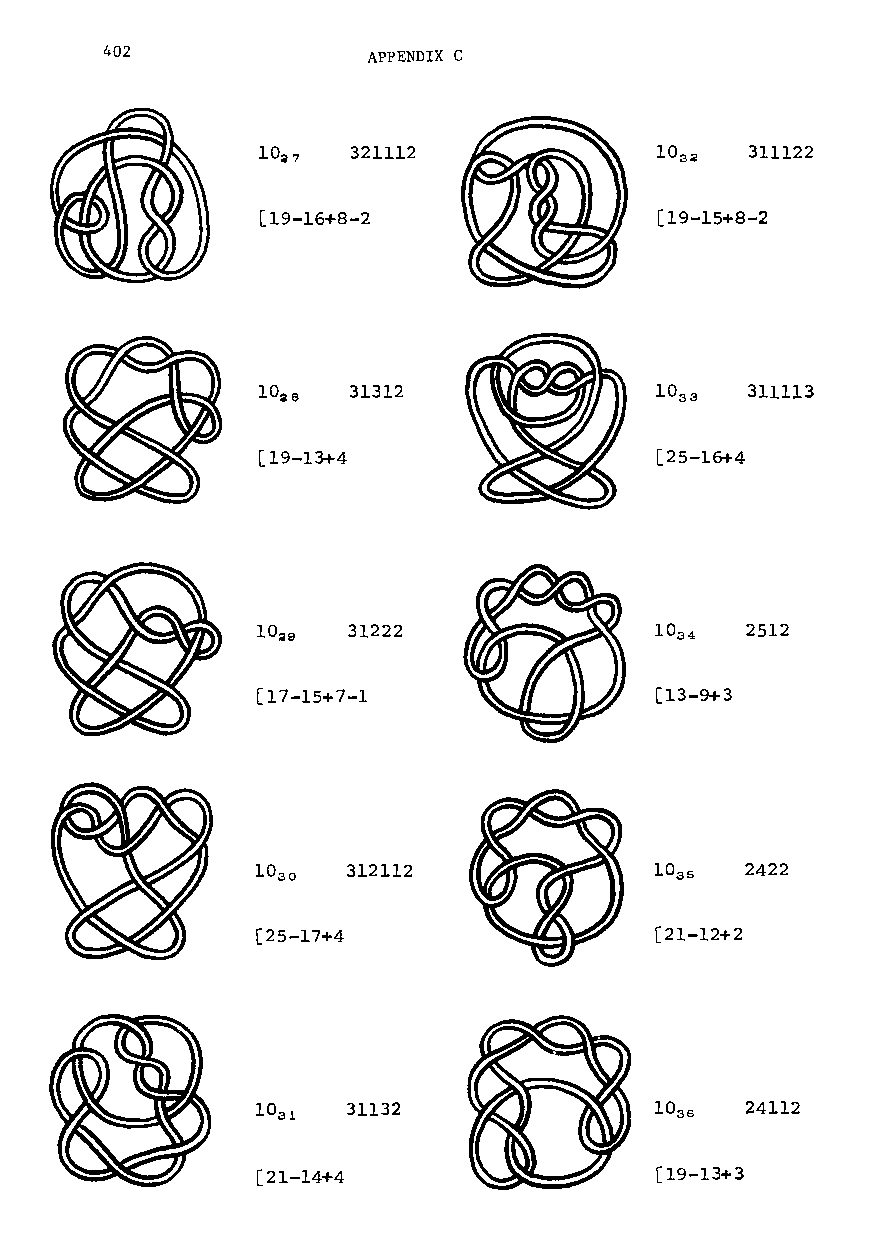
402              APPENDIX C
 10~7  321112                     311122
 [19-16+8-2                 [19-15+8-2
 lO~6  31312                      311113
 [19-13+4                  [25-16+4
 31222                     2512
 [17-15+7-1                [13-9+3
 312112                    2422
 [25-17+4                  [21-12+2
 31132                     24112
 [21-14+4                  [19-13+3